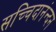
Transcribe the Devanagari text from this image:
सच्चिदानंन्दन